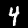
Label: 4